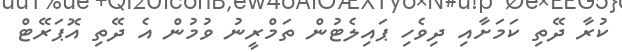
ކުރާ ދޭތި ކަމަށާއި ދިވެހި ޕައިލެޓުން ތަމްރީނު ވުމުން އެ ދޭތި އޮޕަރޭޓް